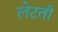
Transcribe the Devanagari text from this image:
लेटती